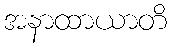
အနာထာယာတိ